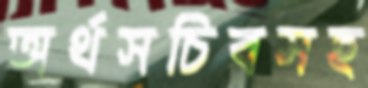
অর্থসচিবসহ